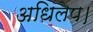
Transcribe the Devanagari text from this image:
अधिलेप।